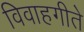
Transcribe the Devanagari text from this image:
विवाहगीते